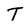
Character: T